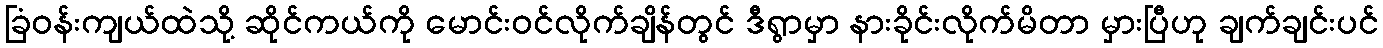
ခြံဝန်းကျယ်ထဲသို့ ဆိုင်ကယ်ကို မောင်းဝင်လိုက်ချိန်တွင် ဒီရွာမှာ နားခိုင်းလိုက်မိတာ မှားပြီဟု ချက်ချင်းပင်